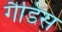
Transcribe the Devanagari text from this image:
गैडिस